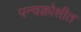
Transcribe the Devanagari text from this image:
पन्चक्रोशीत